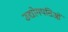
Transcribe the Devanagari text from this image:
उद्योगपतिओं